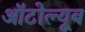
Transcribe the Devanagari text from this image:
ऑटोल्यूब